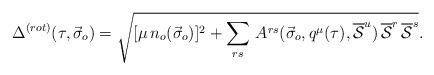
LaTeX: \begin{align*}\Delta^{(rot)}(\tau ,{\vec \sigma}_o) = \sqrt{ [\mu\,n_o({\vec \sigma}_o)]^2 + \sum_{rs}\,A^{rs}({\vec \sigma}_o,q^{\mu}(\tau ), \overline{\cal S}^u )\, \overline{\cal S}^r\,\overline{\cal S}^s}.\end{align*}